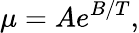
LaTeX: \mu=Ae^{B/T},